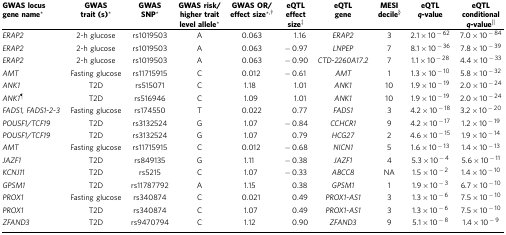
<table><thead><tr><td><b>GWAS locus gene name*</b></td><td><b>GWAS trait (s)*</b></td><td><b>GWAS SNP*</b></td><td><b>GWAS risk/higher trait level allele*</b></td><td><b>GWAS OR/ effect size*†</b></td><td><b>eQTL effect size‡</b></td><td><b>eQTL gene</b></td><td><b>MESI decile§</b></td><td><b>eQTL<i>q</i>-value</b></td><td><b>eQTL conditional<i>q</i>-value||</b></td></tr></thead><tbody><tr><td><i>ERAP2</i></td><td>2-h glucose</td><td>rs1019503</td><td>A</td><td>0.063</td><td>1.16</td><td><i>ERAP2</i></td><td>3</td><td>2.1 × 10<sup>−62</sup></td><td>7.0 × 10<sup>−84</sup></td></tr><tr><td><i>ERAP2</i></td><td>2-h glucose</td><td>rs1019503</td><td>A</td><td>0.063</td><td>−0.97</td><td><i>LNPEP</i></td><td>7</td><td>8.1 × 10<sup>−36</sup></td><td>7.8 × 10<sup>−39</sup></td></tr><tr><td><i>ERAP2</i></td><td>2-h glucose</td><td>rs1019503</td><td>A</td><td>0.063</td><td>−0.90</td><td><i>CTD-2260A17.2</i></td><td>7</td><td>1.1 × 10<sup>−28</sup></td><td>4.4 × 10<sup>−33</sup></td></tr><tr><td><i>AMT</i></td><td>Fasting glucose</td><td>rs11715915</td><td>C</td><td>0.012</td><td>−0.61</td><td><i>AMT</i></td><td>1</td><td>1.3 × 10<sup>−10</sup></td><td>5.8 × 10<sup>−32</sup></td></tr><tr><td><i>ANK1</i></td><td>T2D</td><td>rs515071</td><td>C</td><td>1.18</td><td>1.01</td><td><i>ANK1</i></td><td>10</td><td>1.9 × 10<sup>−19</sup></td><td>2.0 × 10<sup>−24</sup></td></tr><tr><td><i>ANK1</i>¶</td><td>T2D</td><td>rs516946</td><td>C</td><td>1.09</td><td>1.01</td><td><i>ANK1</i></td><td>10</td><td>1.9 × 10<sup>−19</sup></td><td>2.0 × 10<sup>−24</sup></td></tr><tr><td><i>FADS1, FADS1-2-3</i></td><td>Fasting glucose</td><td>rs174550</td><td>T</td><td>0.022</td><td>0.77</td><td><i>FADS1</i></td><td>3</td><td>4.2 × 10<sup>−18</sup></td><td>3.2 × 10<sup>−20</sup></td></tr><tr><td><i>POU5F1/TCF19</i></td><td>T2D</td><td>rs3132524</td><td>G</td><td>1.07</td><td>−0.84</td><td><i>CCHCR1</i></td><td>9</td><td>4.2 × 10<sup>−17</sup></td><td>1.2 × 10<sup>−19</sup></td></tr><tr><td><i>POU5F1/TCF19</i></td><td>T2D</td><td>rs3132524</td><td>G</td><td>1.07</td><td>0.79</td><td><i>HCG27</i></td><td>2</td><td>4.6 × 10<sup>−15</sup></td><td>1.9 × 10<sup>−14</sup></td></tr><tr><td><i>AMT</i></td><td>Fasting glucose</td><td>rs11715915</td><td>C</td><td>0.012</td><td>−0.68</td><td><i>NICN1</i></td><td>5</td><td>1.6 × 10<sup>−13</sup></td><td>1.4 × 10<sup>−13</sup></td></tr><tr><td><i>JAZF1</i></td><td>T2D</td><td>rs849135</td><td>G</td><td>1.11</td><td>−0.38</td><td><i>JAZF1</i></td><td>4</td><td>5.3 × 10<sup>−4</sup></td><td>5.6 × 10<sup>−11</sup></td></tr><tr><td><i>KCNJ11</i></td><td>T2D</td><td>rs5215</td><td>C</td><td>1.07</td><td>−0.33</td><td><i>ABCC8</i></td><td>NA</td><td>1.5 × 10<sup>−2</sup></td><td>1.4 × 10<sup>−10</sup></td></tr><tr><td><i>GPSM1</i></td><td>T2D</td><td>rs11787792</td><td>A</td><td>1.15</td><td>0.38</td><td><i>GPSM1</i></td><td>1</td><td>1.9 × 10<sup>−3</sup></td><td>6.7 × 10<sup>−10</sup></td></tr><tr><td><i>PROX1</i></td><td>Fasting glucose </td><td>rs340874</td><td>C</td><td>0.021</td><td>0.49</td><td><i>PROX1-AS1</i></td><td>3</td><td>1.3 × 10<sup>−6</sup></td><td>7.5 × 10<sup>−10</sup></td></tr><tr><td><i>PROX1</i></td><td>T2D</td><td>rs340874</td><td>C</td><td>1.07</td><td>0.49</td><td><i>PROX1-AS1</i></td><td>3</td><td>1.3 × 10<sup>−6</sup></td><td>7.5 × 10<sup>−10</sup></td></tr><tr><td><i>ZFAND3</i></td><td>T2D</td><td>rs9470794</td><td>C</td><td>1.12</td><td>0.90</td><td><i>ZFAND3</i></td><td>9</td><td>5.1 × 10<sup>−8</sup></td><td>1.4 × 10<sup>−9</sup></td></tr></tbody></table>